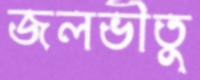
জলভীতু